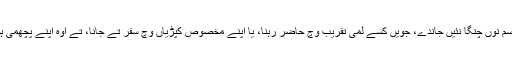
جدوں اوہ کسے آشرمی رسم نوں چنگا نئیں جاندے، جویں کسے لمی تقریب وچ حاضر رہنا، یا اپنے مخصوص کپڑیاں وچ سفر تے جانا، تے اوہ اپنے پچھمی ہوون دا بہانہ بناوندے نیں۔